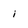
Character: i